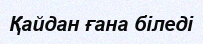
Қайдан ғана біледі